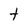
Character: t